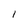
Character: l